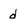
Character: d